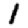
Digit: 1